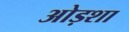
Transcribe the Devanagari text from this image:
ओड़शा